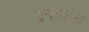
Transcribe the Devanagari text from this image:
युगातली